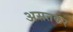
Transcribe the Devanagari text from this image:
असतकर